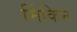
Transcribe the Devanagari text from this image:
मिंकिन